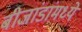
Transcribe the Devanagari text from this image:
बीजांडांमध्ये